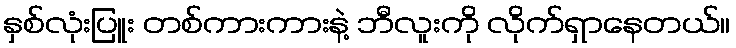
နှစ်လုံးပြူး တစ်ကားကားနဲ့ ဘီလူးကို လိုက်ရှာနေတယ်။